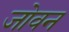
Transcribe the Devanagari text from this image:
जोवन